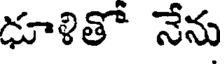
ఢూళితో నేను